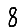
Digit: 8